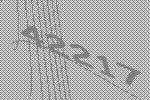
42217